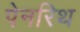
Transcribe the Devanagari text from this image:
पेनरिथ